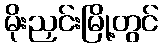
မိုးညှင်းမြို့တွင်